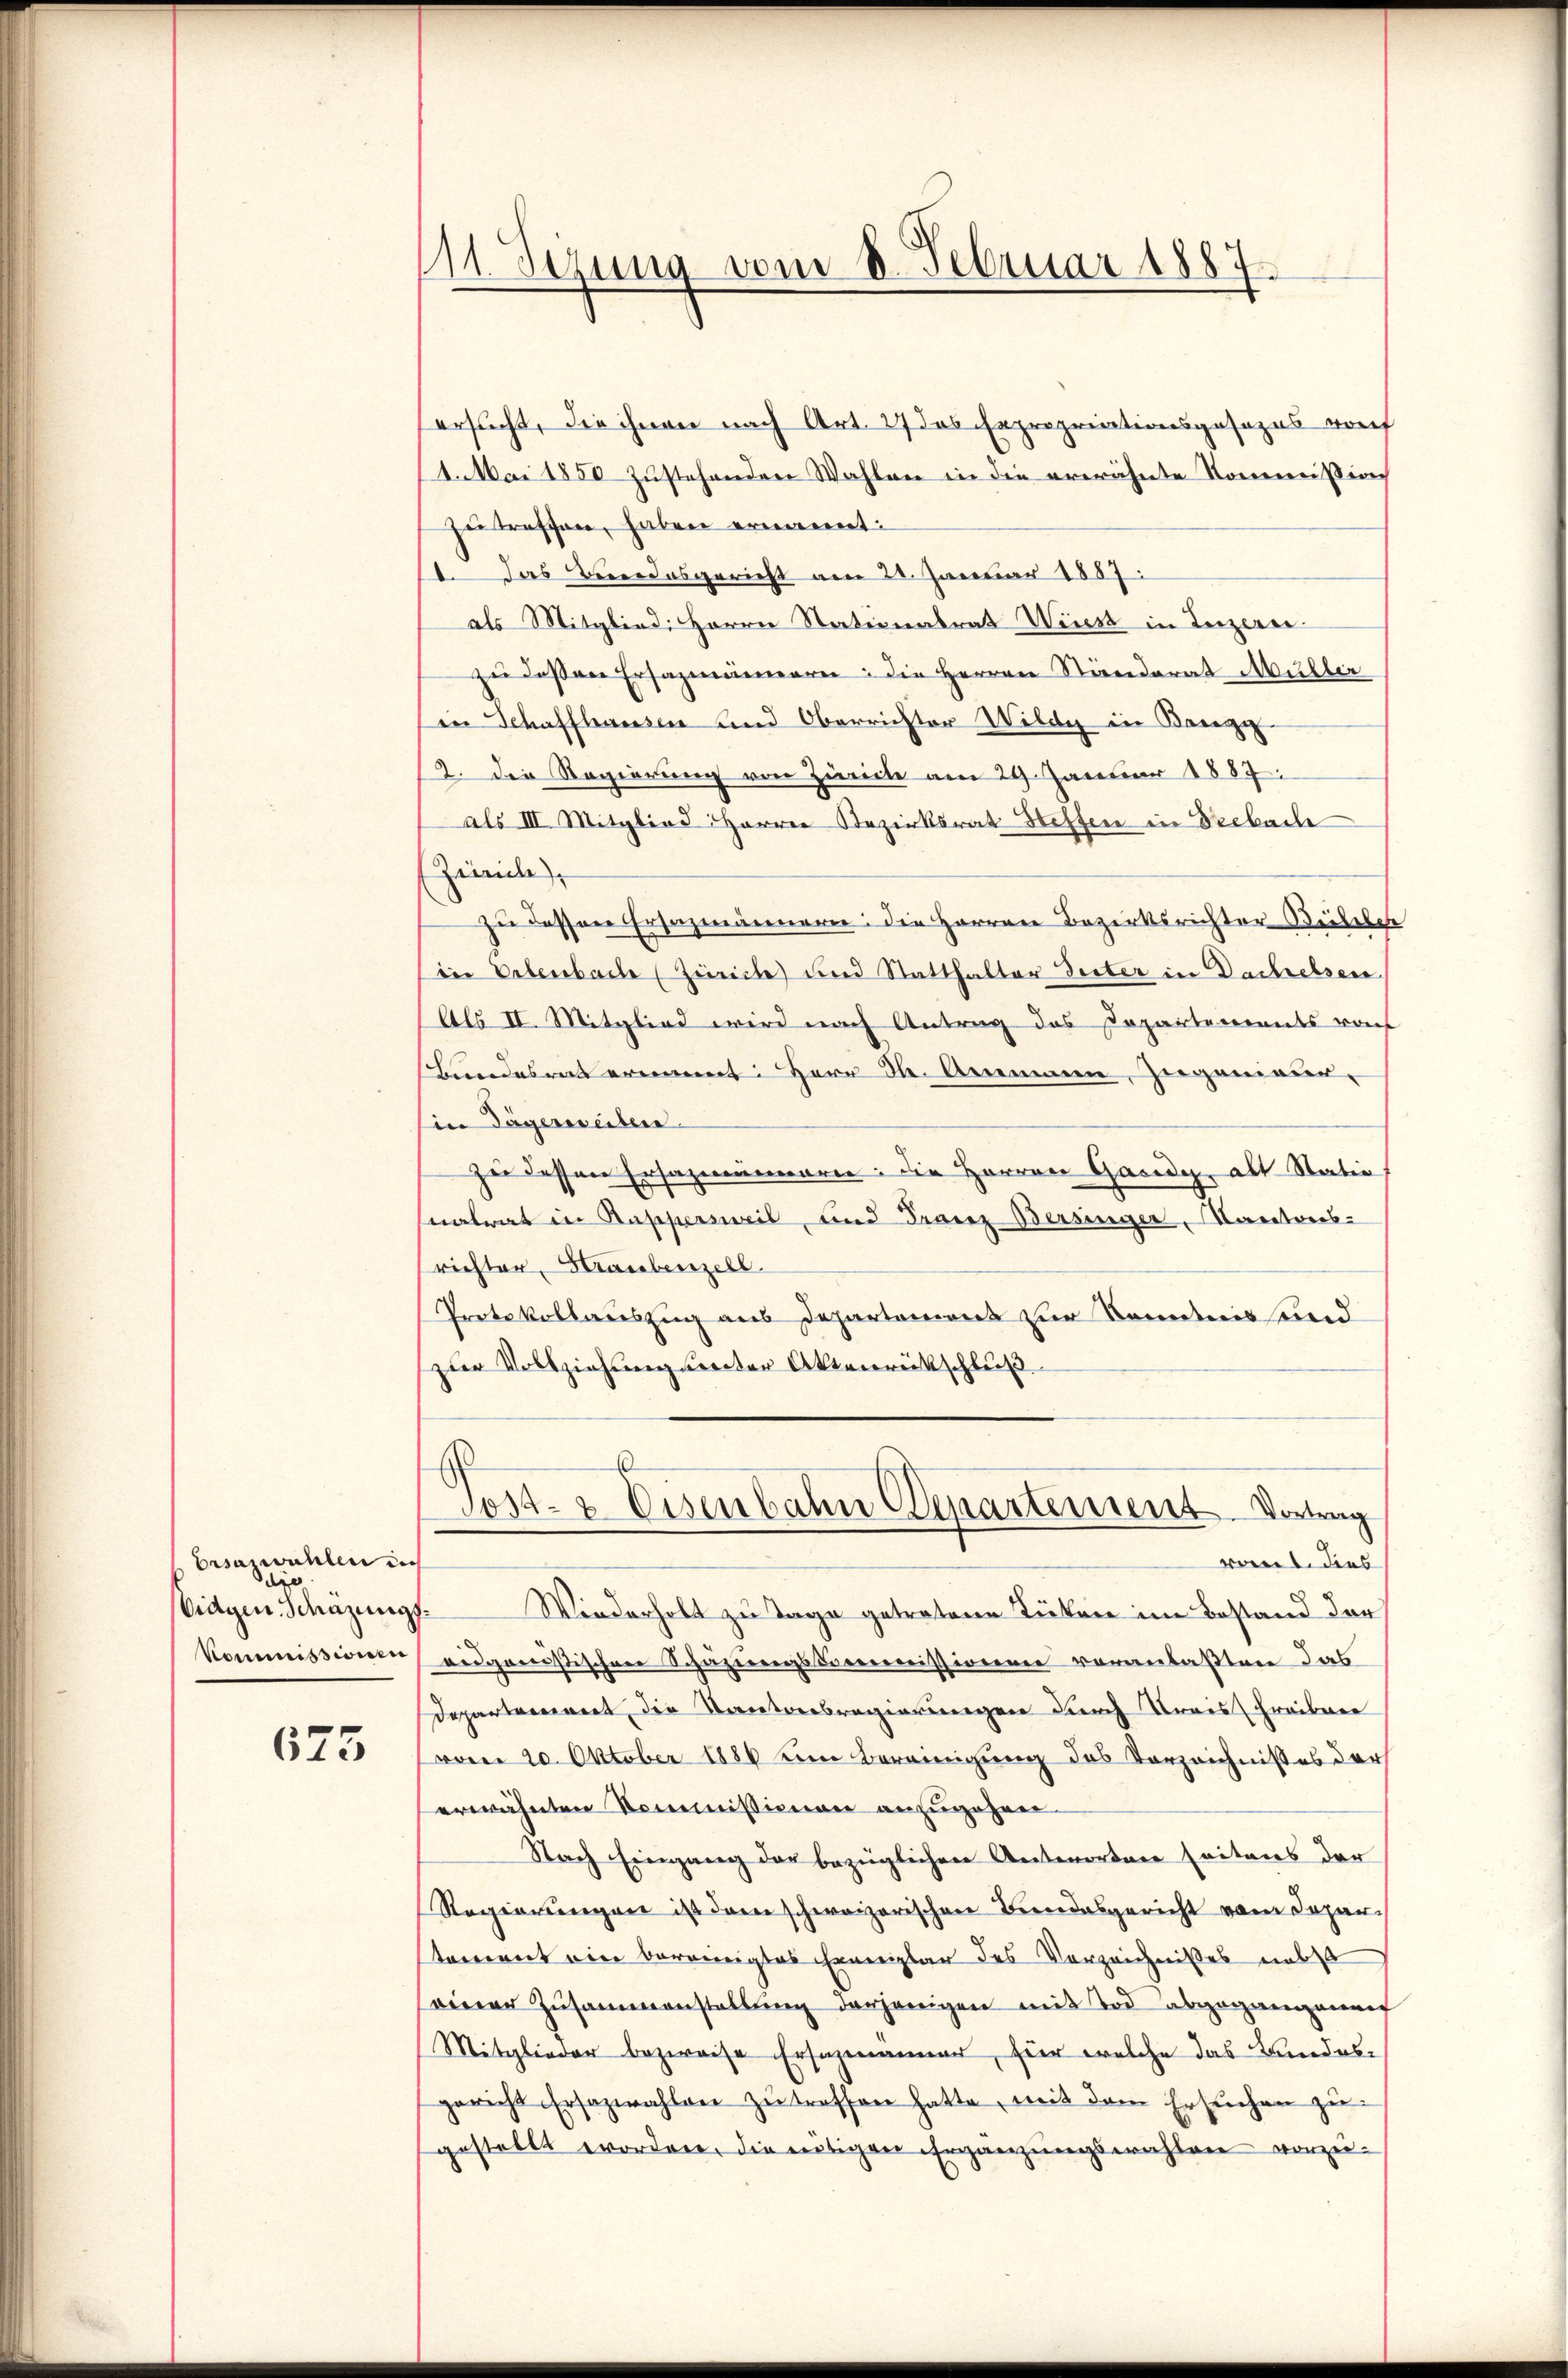
Ersanwahlen in
die
Vidgen. Schazungs¬
Kommissionen

673

111 Sezung vom 8. Februar 1887

ersucht, die ihnen nach Art. 27 das Expropriationsgesezes vorf
4. Mai 1850 zustehenden Wahlen in die erwähnte Kommission
zutreffen, haben ernannt:
Das Berrodesgericht am 21. Januar 1857.
als Mitglied Herrn Stationalrat Wirst in Luzern
zŭ dessen Ersazmännern: die Herren Ständerat Müller
in Schaffhausen und Oberrichter Wilde in Bangi
2. Die Regierung von Zürich am 29. Januar 1887
als III Mitglied Herren Bezirksrat Steffen in Vrebache
(Zivile
zu dessen Ersazmännern: die Herren Bezirksrichter Beibeler
in Erbenbache (Zürich und Statthalter Gester in Dachelsen
Als II. Mitglied wird nach Antrag des Departements raf
Bundesrat ernannt: Herr J. Anemann, Zugenieur-
Ein Tägerseiten.
ze dessen Ersatzmänneren: die Herren Gardy, als Statio
natrat in Rappersweil, und Franz Bersinger, Kantons-
richter Straubenzell.
Protokollauszug aus Departemens zur Kenntnis sund
zur Vollziehung unter Aktenrückschluß

Wiederholt zu Tage getretene Tücken im Bestand der
eidganistischen Schüzungskommissionen veranlaßten das
Departement, die Kantonsregierungen durch deres Freiben
vom 20. Oktober 1886 um Bereinigung des Vorzeichnisses der
erwähnten Kommissioniren anzuzahnen.
Nach Eingang der bezüglichen Antworten seitens der
Regierungen ist dem schweizerischen Bundesgericht vom Departement ein bereinigtes Ehemplar des Verzeichnisses nebst
seiner Zusammenstallung derjenigen mit Tod abgegangenen
Mitglieder bezweife Ersahmanner, für welche das Bundes
gericht Ersazwahlen zŭ treffen hatte, mit dem Ersuchen zugestellt worden, die nötigen Ergänzungswahlen vorzu¬

Tost- & Eisenbahn Departement. Vortrag
ront. dies